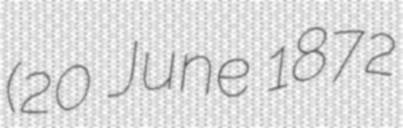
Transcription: (20 June 1872